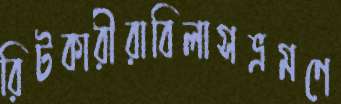
রিটকারীরাবিলাসভ্রমণে